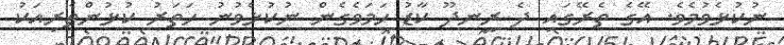
ނުކުޅެވުމެވެ. އޭގެ ތެރޭގައި ދެ ރީނދޫ ކާޑު ހަމަވެގެން ނުކުޅެވުނު ހަތަރު ކުޅުންތެރިއަކު